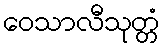
ဝေသာလီသုတ္တံ